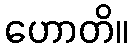
ဟောတိ။